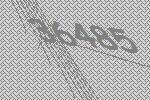
36485